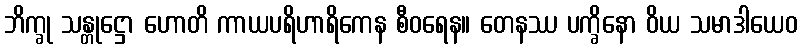
ဘိက္ခု သန္တုဋ္ဌော ဟောတိ ကာယပရိဟာရိကေန စီဝရေန။ တေနဿ ပက္ခိနော ဝိယ သမာဒါယေဝ